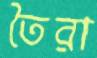
তৈরা